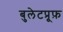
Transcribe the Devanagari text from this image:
बुलेटप्रूफ़